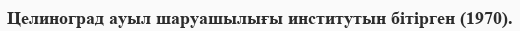
Целиноград ауыл шаруашылығы институтын бітірген (1970).